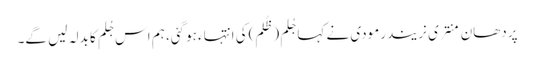
پردھان منتری نریندرمودی نے کہا جُلم (ظُلم)کی انتہاء ہوگئی، ہم اس جُلم کا بدلہ لیں گے۔